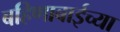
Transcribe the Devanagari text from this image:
बहिणाबाईच्‍या